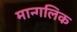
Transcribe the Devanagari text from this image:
मान्गलिक